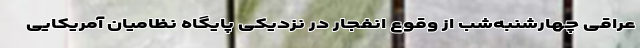
عراقی چهارشنبه‌شب از وقوع انفجار در نزدیکی پایگاه نظامیان آمریکایی